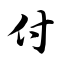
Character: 付